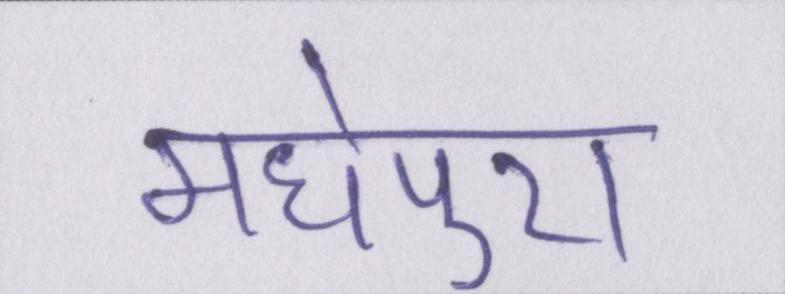
मधेपुरा